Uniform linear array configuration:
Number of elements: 24
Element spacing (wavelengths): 0.5
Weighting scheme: exponential
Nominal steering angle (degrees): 30
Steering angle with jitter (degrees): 31.538
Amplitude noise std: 0.05
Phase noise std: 0.05

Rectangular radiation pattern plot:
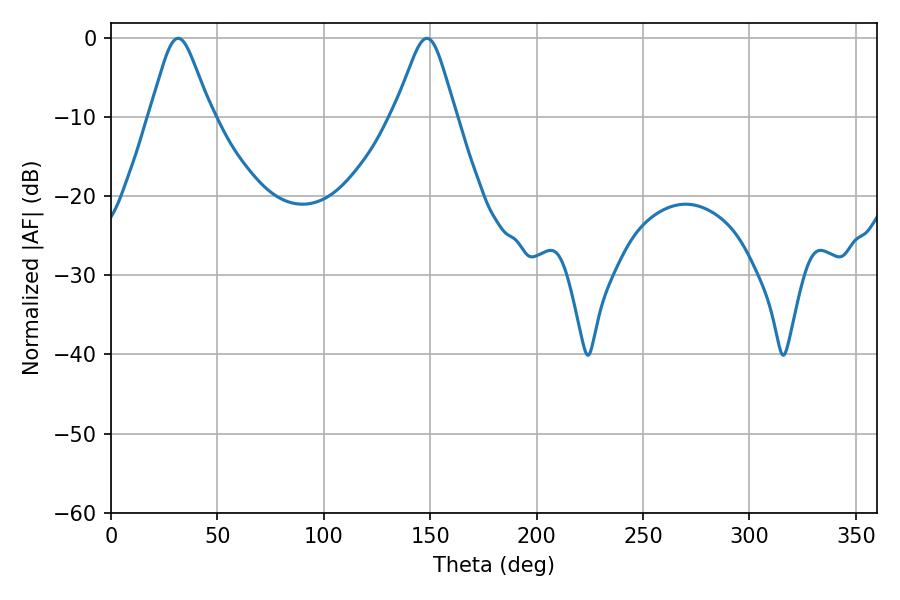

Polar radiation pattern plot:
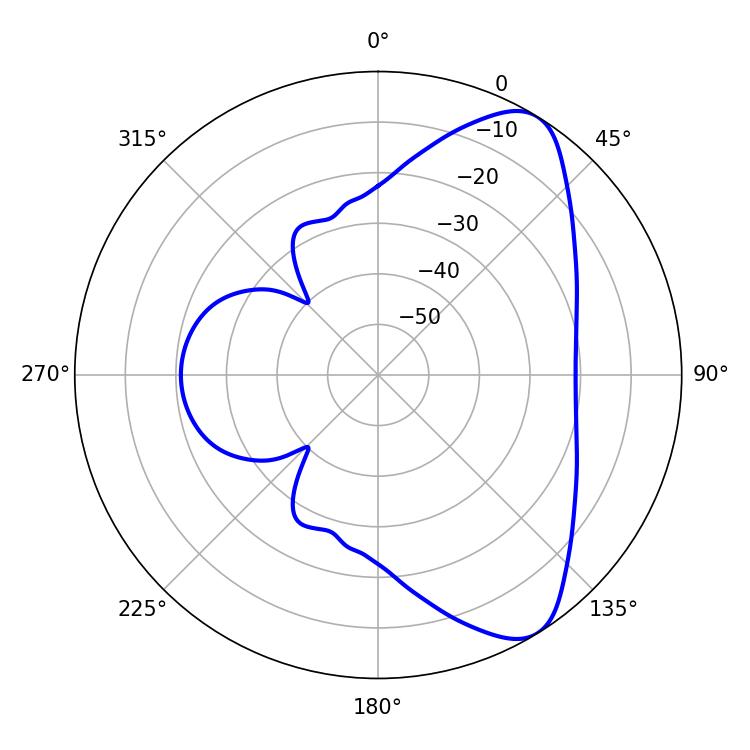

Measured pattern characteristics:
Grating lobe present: FALSE
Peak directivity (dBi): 7.944
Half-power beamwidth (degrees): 13.68
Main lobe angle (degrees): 31.5